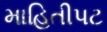
માહિતીપટ